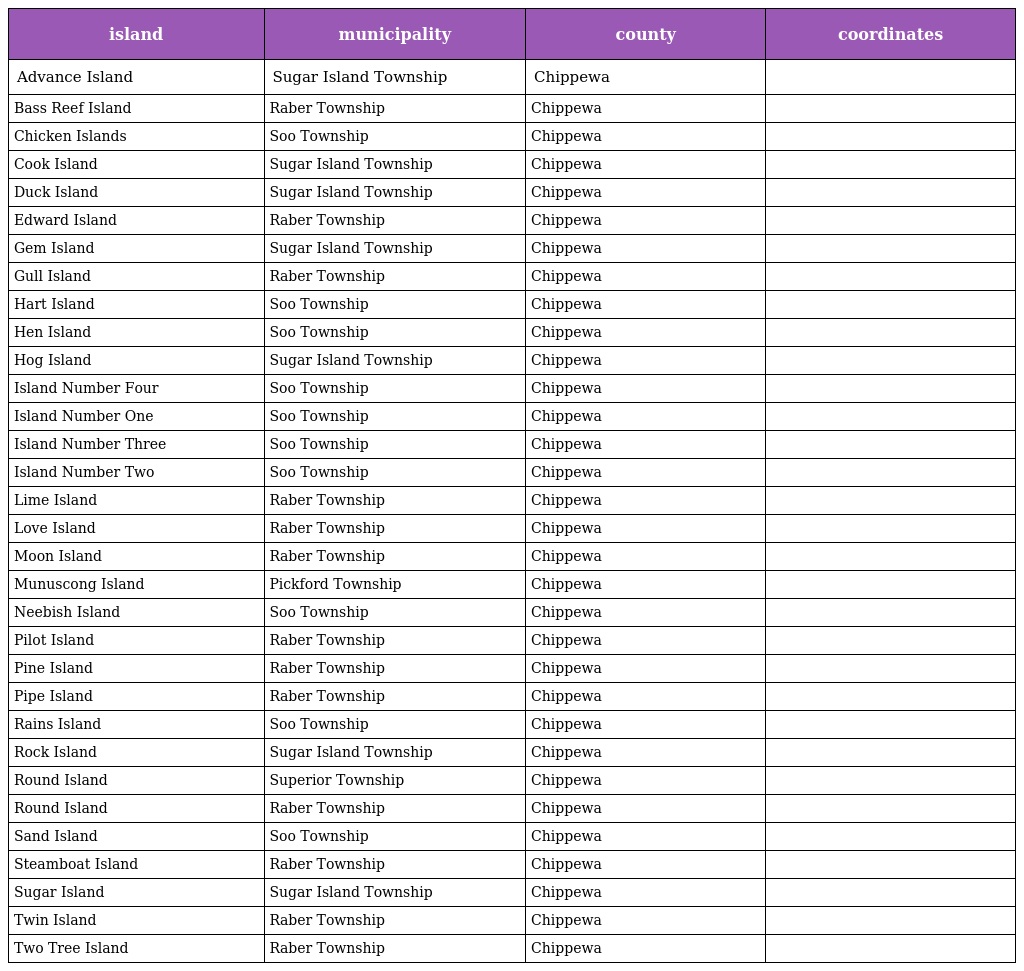
| island | municipality | county | coordinates |
 | --- | --- | --- | --- |
 | Advance Island | Sugar Island Township | Chippewa |  |
 | Bass Reef Island | Raber Township | Chippewa |  |
 | Chicken Islands | Soo Township | Chippewa |  |
 | Cook Island | Sugar Island Township | Chippewa |  |
 | Duck Island | Sugar Island Township | Chippewa |  |
 | Edward Island | Raber Township | Chippewa |  |
 | Gem Island | Sugar Island Township | Chippewa |  |
 | Gull Island | Raber Township | Chippewa |  |
 | Hart Island | Soo Township | Chippewa |  |
 | Hen Island | Soo Township | Chippewa |  |
 | Hog Island | Sugar Island Township | Chippewa |  |
 | Island Number Four | Soo Township | Chippewa |  |
 | Island Number One | Soo Township | Chippewa |  |
 | Island Number Three | Soo Township | Chippewa |  |
 | Island Number Two | Soo Township | Chippewa |  |
 | Lime Island | Raber Township | Chippewa |  |
 | Love Island | Raber Township | Chippewa |  |
 | Moon Island | Raber Township | Chippewa |  |
 | Munuscong Island | Pickford Township | Chippewa |  |
 | Neebish Island | Soo Township | Chippewa |  |
 | Pilot Island | Raber Township | Chippewa |  |
 | Pine Island | Raber Township | Chippewa |  |
 | Pipe Island | Raber Township | Chippewa |  |
 | Rains Island | Soo Township | Chippewa |  |
 | Rock Island | Sugar Island Township | Chippewa |  |
 | Round Island | Superior Township | Chippewa |  |
 | Round Island | Raber Township | Chippewa |  |
 | Sand Island | Soo Township | Chippewa |  |
 | Steamboat Island | Raber Township | Chippewa |  |
 | Sugar Island | Sugar Island Township | Chippewa |  |
 | Twin Island | Raber Township | Chippewa |  |
 | Two Tree Island | Raber Township | Chippewa |  |